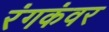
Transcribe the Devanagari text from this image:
रंगकंवर